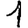
Digit: 1